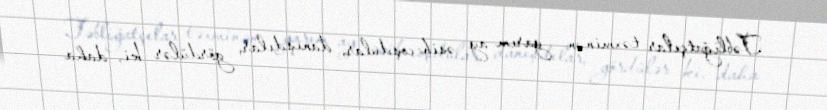
Təbliğatçılar təxminən yarım ay əsib-coşdular, danışdılar, gördülər ki, daha